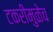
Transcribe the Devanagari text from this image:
टकरीमुळेच